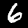
Label: 6